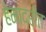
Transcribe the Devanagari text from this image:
हेमाद्रींत